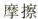
摩擦